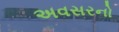
અવસરનો